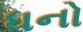
ધનો